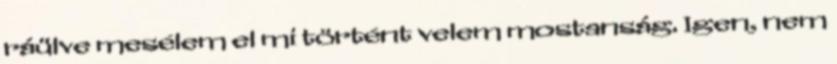
ráülve mesélem el mi történt velem mostanság. Igen, nem